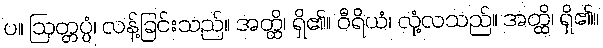
ပ။ ဩတ္တပ္ပံ၊ လန့်ခြင်းသည်။ အတ္ထိ၊ ရှိ၏။ ဝီရိယံ၊ လုံ့လသည်။ အတ္ထိ၊ ရှိ၏။